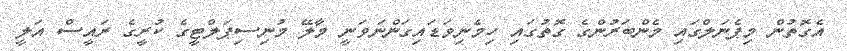
އެގޮތުން މިޕެނަލްގައި މެންބަރުންގެ ގޮތުގައި ހިމެނިވަޑައިގަންނަވަނީ މާލޭ މުނިސިޕަލްޓީގެ ކުރީގެ ރައީސް އަލީ